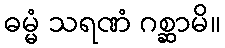
ဓမ္မံ သရဏံ ဂစ္ဆာမိ။